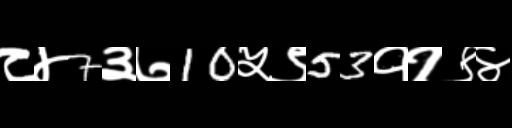
Text: ८४7३७10५९53११९४